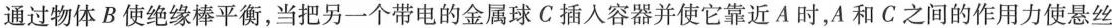
通过物体B使绝缘棒平衡，当把另一个带电的金属球C插入容器并使它靠近A时，A和C之间的作用力使悬丝